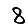
Digit: 8